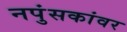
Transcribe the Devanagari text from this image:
नपुंसकांवर